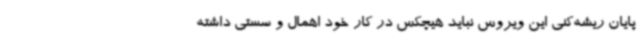
پایان ریشه‌کنی این ویروس نباید هیچکس در کار خود اهمال و سستی داشته